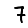
Digit: 7